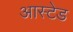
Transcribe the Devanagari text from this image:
आस्टेड